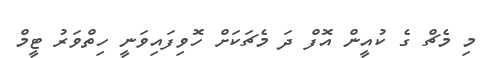
މި މެޗް ގެ ކުއީން އޮފް ދަ މެޗަކަށް ހޮވިފައިވަނީ ހިތްވަރު ޓީމް